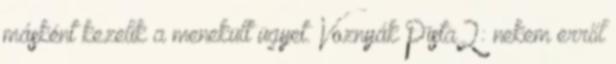
másként kezelik a menekült ügyet. Voznyák Pista2: nekem erről